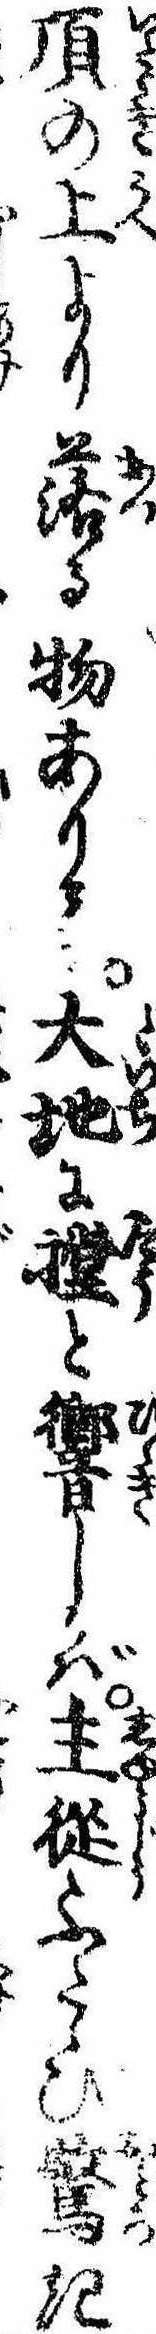
頂の上より落る物ありて大地にと響しかば主従ふたゝび驚き